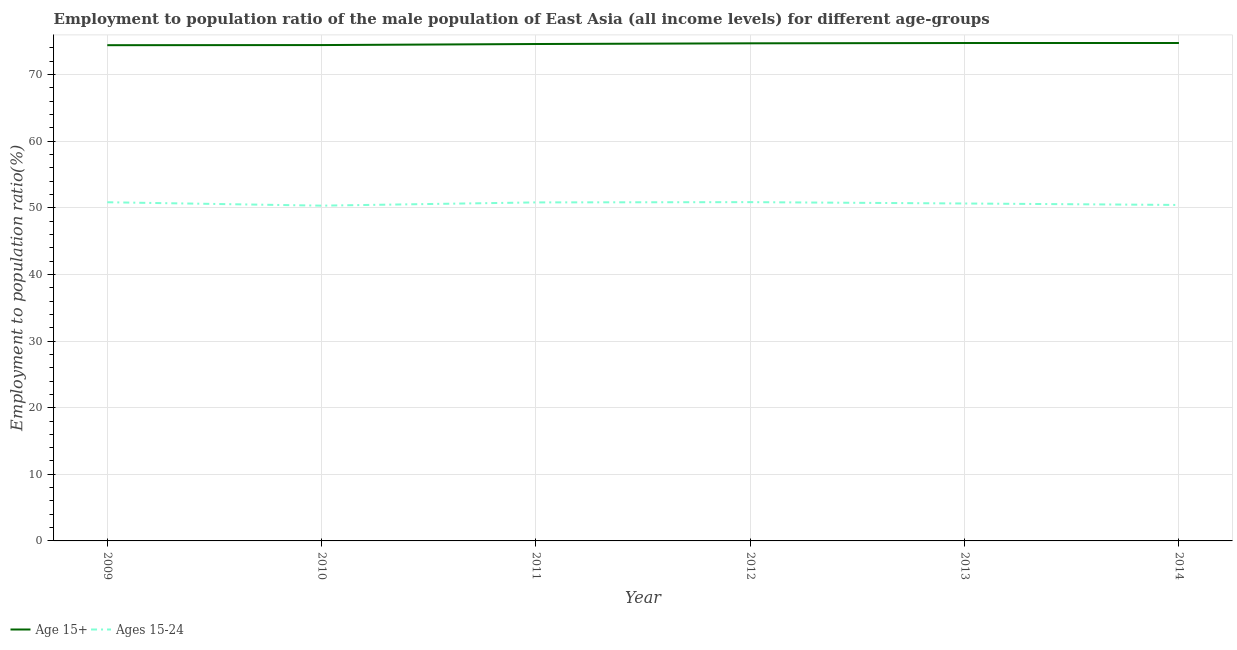
| Year | Age 15+ | Ages 15-24 |
 | --- | --- | --- |
 | 2009 | 74.4 | 50.8 |
 | 2010 | 74.4 | 50.3 |
 | 2011 | 74.6 | 50.8 |
 | 2012 | 74.7 | 50.9 |
 | 2013 | 74.7 | 50.6 |
 | 2014 | 74.7 | 50.4 |